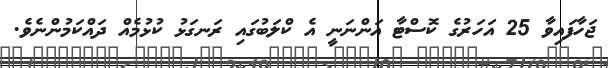
ޖަހާފައިވާ 25 އަހަރުގެ ކޮސްޓާ އަންނަނީ އެ ކްލަބުގައި ރަނގަޅު ކުޅުމެއް ދައްކަމުންނެވެ.